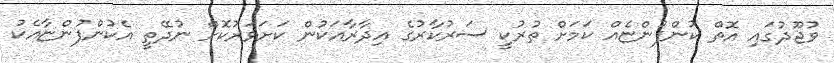
ވުޖޫދުގައި އޮތް ކުންފުންޏެއް ކަމަށް ތުރުކީ ސަރުކާރުގެ އިދާރާއަކުން ކަށަވަރުކޮށް ނުދޭތީ އެކުންފުންޏާއެކު